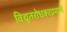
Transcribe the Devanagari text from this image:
विद्युतरोधकाप्रमाणे